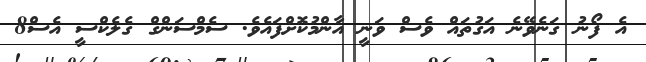
އެ ފޯނު ގަނެވޭނެ އަގުތައް ވެސް ވަނީ އާންމުކޮށްފައެވެ. ސެމްސަންގް ގެލެކްސީ އެސް8